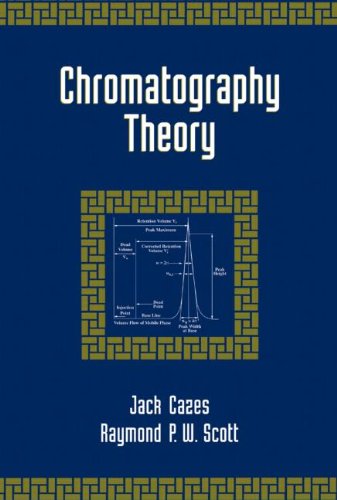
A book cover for Chromatography Theory (Power Engineering); Jack Cazes; Science & Math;